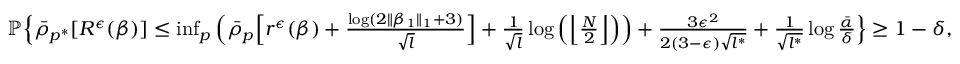
\begin{array} { r } { \mathbb { P } \Big \{ \bar { \rho } _ { p ^ { * } } [ R ^ { \epsilon } ( \beta ) ] \leq \operatorname* { i n f } _ { p } \Big ( \bar { \rho } _ { p } \Big [ r ^ { \epsilon } ( \beta ) + \frac { \log ( 2 \| \beta _ { 1 } \| _ { 1 } + 3 ) } { \sqrt { l } } \Big ] + \frac { 1 } { \sqrt { l } } \log \Big ( \Big \lfloor \frac { N } { 2 } \Big \rfloor \Big ) \Big ) + \frac { 3 \epsilon ^ { 2 } } { 2 ( 3 - \epsilon ) \sqrt { l ^ { * } } } + \frac { 1 } { \sqrt { l ^ { * } } } \log \frac { \bar { \alpha } } { \delta } \Big \} \geq 1 - \delta , } \end{array}